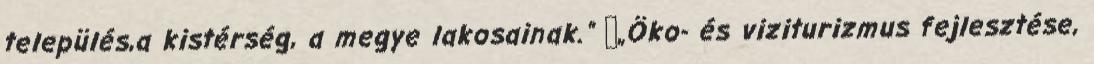
település,a kistérség, a megye lakosainak.” ▪„Öko- és viziturizmus fejlesztése,